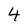
Character: 4